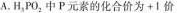
A.H_{3}PO_{2}中P元素的化合价为+1价